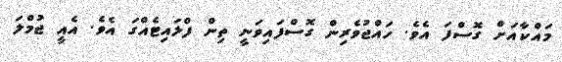
މައްކާއަށް ގޮސްފަ އެވެ. ހައްޖުވެރިން ގޮސްފައިވަނީ ތިން ފްލައިޓެއްގަ އެވެ. އެއީ ޖުމްލަ